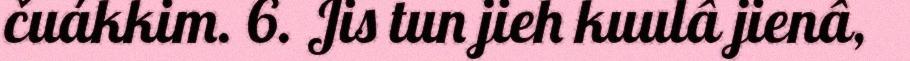
čuákkim. 6. Jis tun jieh kuulâ jienâ,